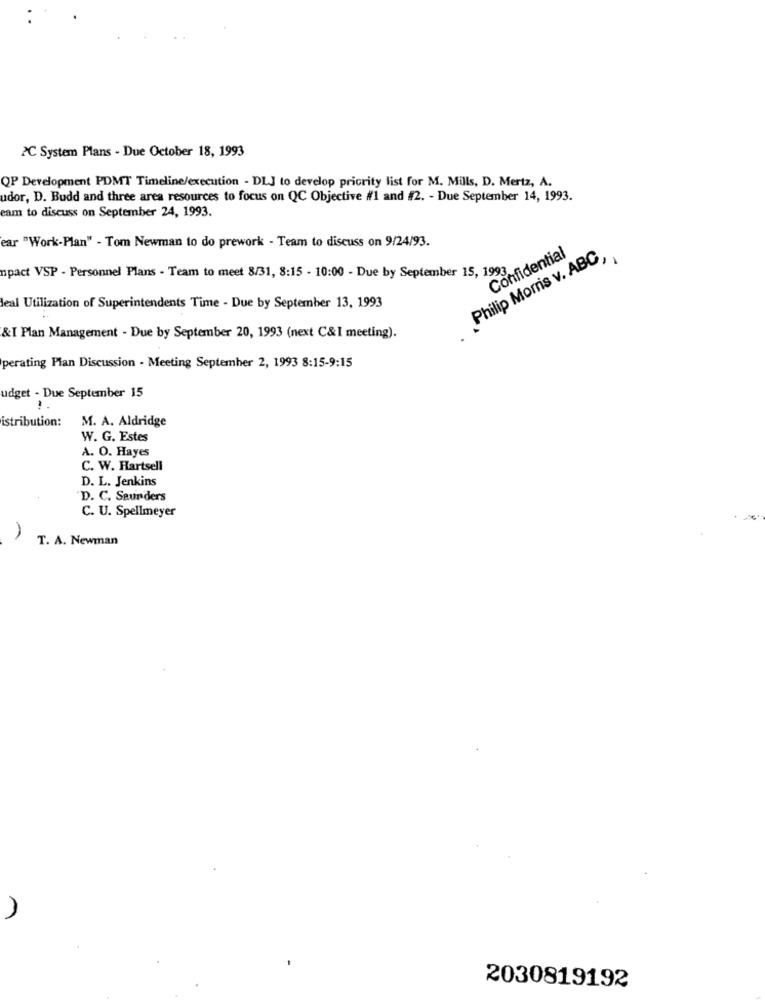
PC System Plans - Due October 18, 1993
QP Development PDMT Timeline/execution - DLJ to develop priority list for M. Mills, D. Mertz, A.
udor, D. Budd and three area resources to focus on QC Objective #1 and #2. - Due September 14, 1993.
eam to discuss on September 24, 1993.
ear "Work-Plan" - Tom Newman to do prework - Team to discuss on 9/24/93.
Confidential
Philip Morris v. ABC,
mpact VSP - Personnel Plans - Team to meet 8/31, 8:15 - 10:00 - Due by September 15, 199
deal Utilization of Superintendents Time - Due by September 13, 1993
&I Plan Management - Due by September 20, 1993 (next C&I meeting).
perating Plan Discussion - Meeting September 2, 1993 8:15-9:15
udget - Due September 15
istribution:
M. A. Aldridge
W. G. Estes
A. O. Hayes
C. W. Hartsell
D. L. Jenkins
D. C. Saunders
C. U. Spellmeyer
T. A. Newman
2030819192